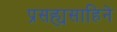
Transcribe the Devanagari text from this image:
प्रसह्यसाहिने